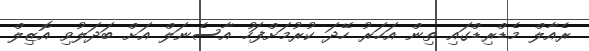
ރެއާލް މެޑްރިޑްގައި ތިން އަހަރު ހޭދަ ކުރުމަށްފަހު އާސެނަލް އަށް ބަދަލުވި އޮޒިލް